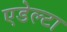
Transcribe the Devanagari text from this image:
एडेल्टा